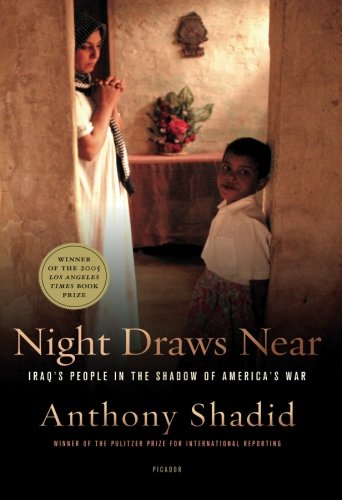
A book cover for Night Draws Near: Iraq's People in the Shadow of America's War; Anthony Shadid; History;